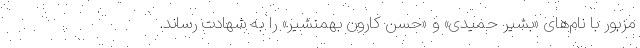
مزبور با نام‌های «بشیر حمیدی» و «حسن کارون بهمنشیر» را به شهادت رساند.